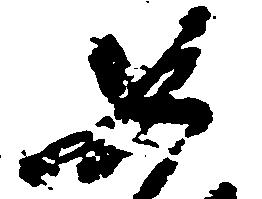
如